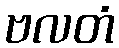
ဗလတံ